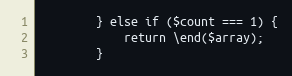
Language: PHP
        } else if ($count === 1) {
            return \end($array);
        }